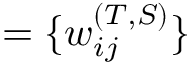
= \{ w _ { i j } ^ { ( T , S ) } \}